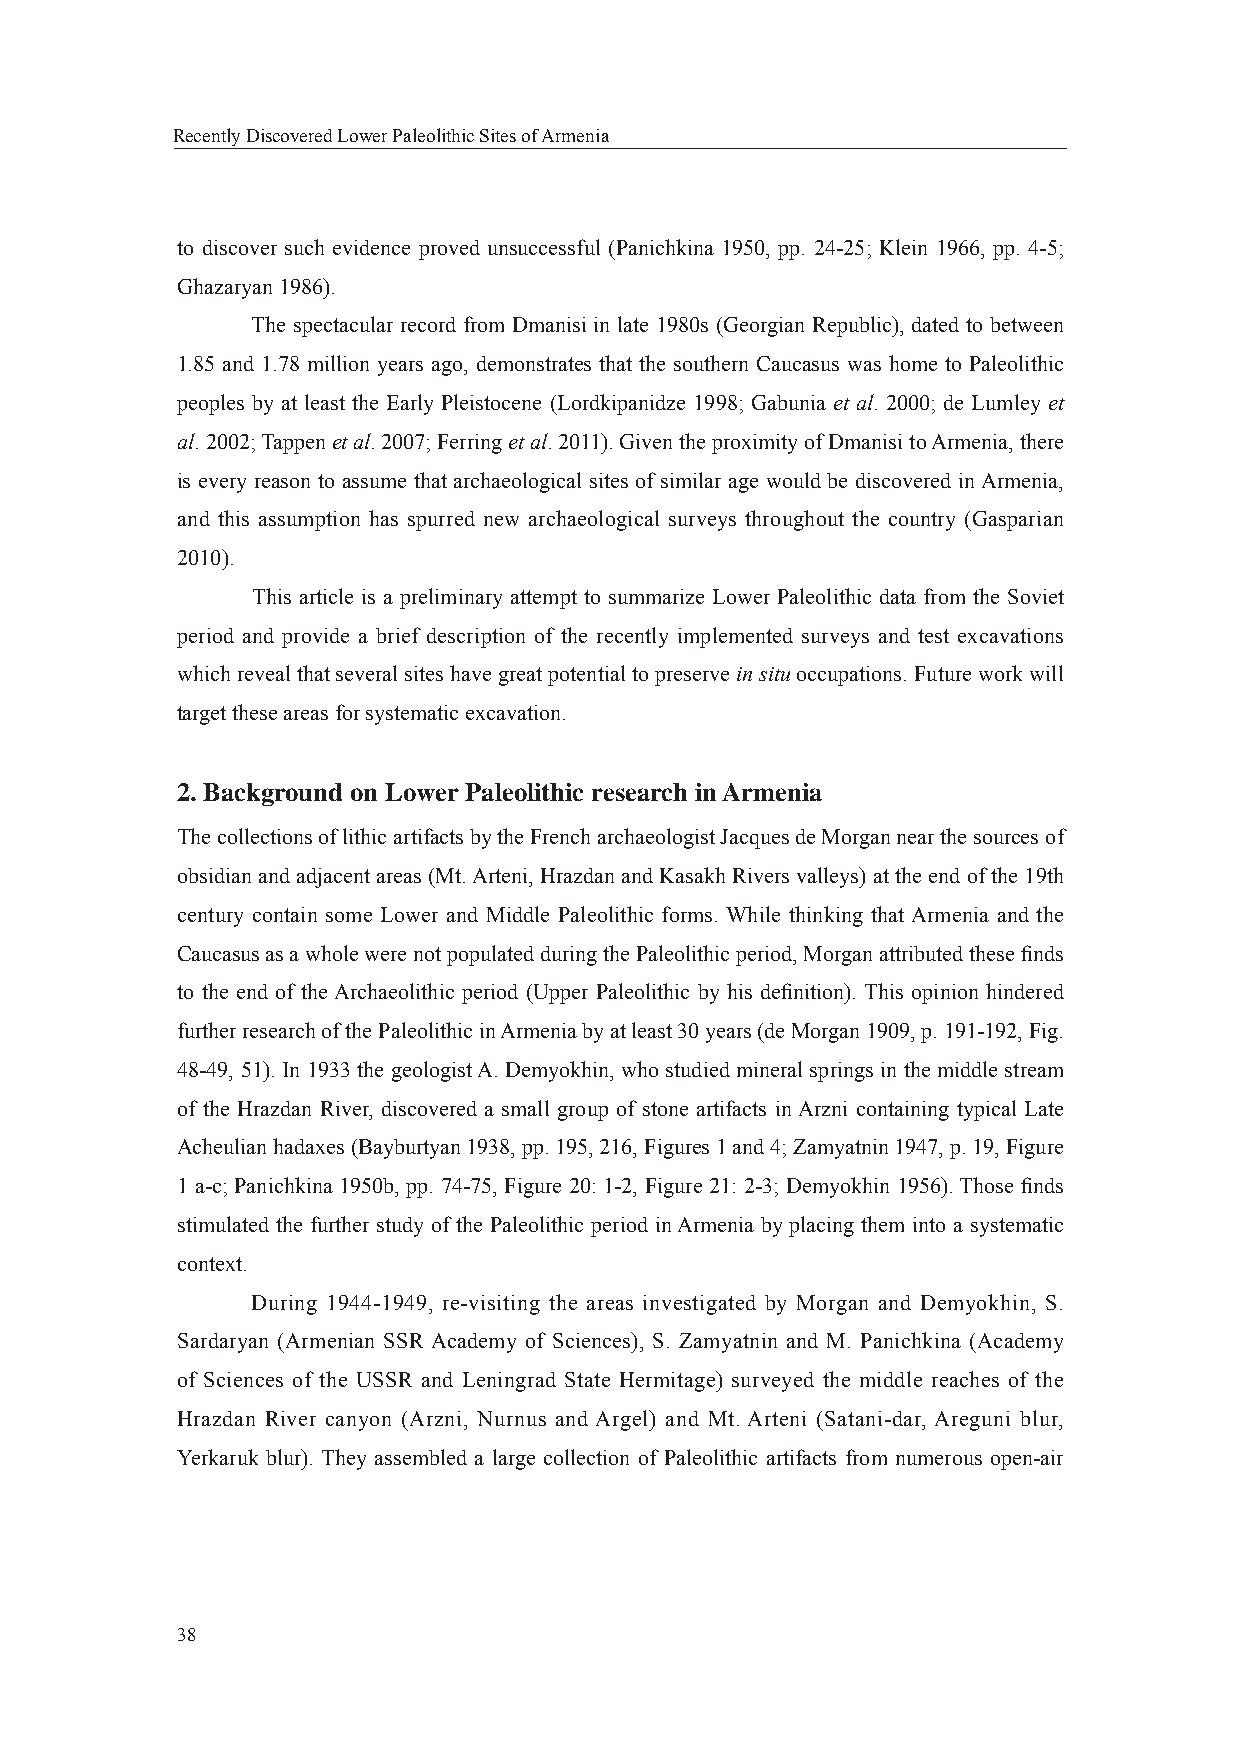
Recently Discovered Lower Paleolithic Sites of Armenia
 to discover such evidence proved unsuccessful (Panichkina 1950, pp. 24-25; Klein 1966, pp. 4-5;
 Ghazaryan 1986).
 The spectacular record from Dmanisi in late 1980s (Georgian Republic), dated to between
 1.85 and 1.78 million years ago, demonstrates that the southern Caucasus was home to Paleolithic
 peoples by at least the Early Pleistocene (Lordkipanidze 1998; Gabunia et al. 2000; de Lumley et
 al. 2002; Tappen et al. 2007; Ferring et al. 2011). Given the proximity of Dmanisi to Armenia, there
 is every reason to assume that archaeological sites of similar age would be discovered in Armenia,
 and this assumption has spurred new archaeological surveys throughout the country (Gasparian
 2010).
 This article is a preliminary attempt to summarize Lower Paleolithic data from the Soviet
 period and provide a brief description of the recently implemented surveys and test excavations
 which reveal that several sites have great potential to preserve in situ occupations. Future work will
 target these areas for systematic excavation.
 2. Background on Lower Paleolithic research in Armenia
 The collections of lithic artifacts by the French archaeologist Jacques de Morgan near the sources of
 obsidian and adjacent areas (Mt. Arteni, Hrazdan and Kasakh Rivers valleys) at the end of the 19th
 century contain some Lower and Middle Paleolithic forms. While thinking that Armenia and the
 Caucasus as a whole were not populated during the Paleolithic period, Morgan attributed these fi nds
 to the end of the Archaeolithic period (Upper Paleolithic by his defi nition). This opinion hindered
 further research of the Paleolithic in Armenia by at least 30 years (de Morgan 1909, p. 191-192, Fig.
 48-49, 51). In 1933 the geologist A. Demyokhin, who studied mineral springs in the middle stream
 of the Hrazdan River, discovered a small group of stone artifacts in Arzni containing typical Late
 Acheulian hadaxes (Bayburtyan 1938, pp. 195, 216, Figures 1 and 4; Zamyatnin 1947, p. 19, Figure
 1 a-c; Panichkina 1950b, pp. 74-75, Figure 20: 1-2, Figure 21: 2-3; Demyokhin 1956). Those fi nds
 stimulated the further study of the Paleolithic period in Armenia by placing them into a systematic
 context.
 During 1944-1949, re-visiting the areas investigated by Morgan and Demyokhin, S.
 Sardaryan (Armenian SSR Academy of Sciences), S. Zamyatnin and M. Panichkina (Academy
 of Sciences of the USSR and Leningrad State Hermitage) surveyed the middle reaches of the
 Hrazdan River canyon (Arzni, Nurnus and Argel) and Mt. Arteni (Satani-dar, Areguni blur,
 Yerkaruk blur). They assembled a large collection of Paleolithic artifacts from numerous open-air
 38